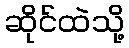
ဆိုင်ထဲသို့